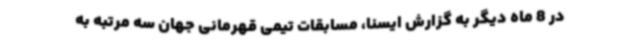
در 8 ماه دیگر به گزارش ایسنا، مسابقات تیمی قهرمانی جهان سه مرتبه به